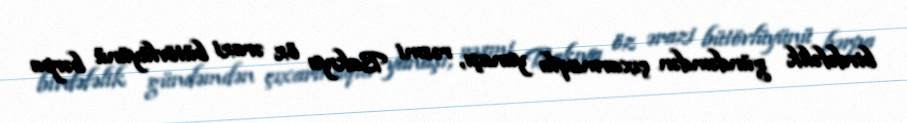
birdəfəlik gündəmdən çıxarmaqla yanaşı, rəsmi Bakıya öz ərazi bütövlüyünü bərpa